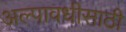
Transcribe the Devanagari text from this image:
अल्पावधीसाठी